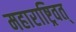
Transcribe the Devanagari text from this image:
महाराष्ट्रिवत्